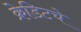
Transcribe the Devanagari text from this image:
क्रेडिटचे